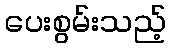
ပေးစွမ်းသည့်